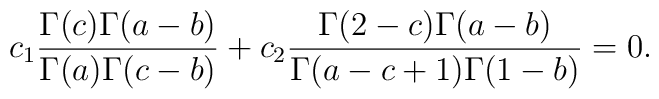
c_1\frac{\Gamma(c)\Gamma(a-b)}{\Gamma(a)\Gamma(c-b)}+c_2\frac{\Gamma(2-c)\Gamma(a-b)}{\Gamma(a-c+1)\Gamma(1-b)}=0.